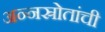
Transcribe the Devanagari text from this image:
अन्नस्रोतांची